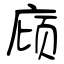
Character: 庼